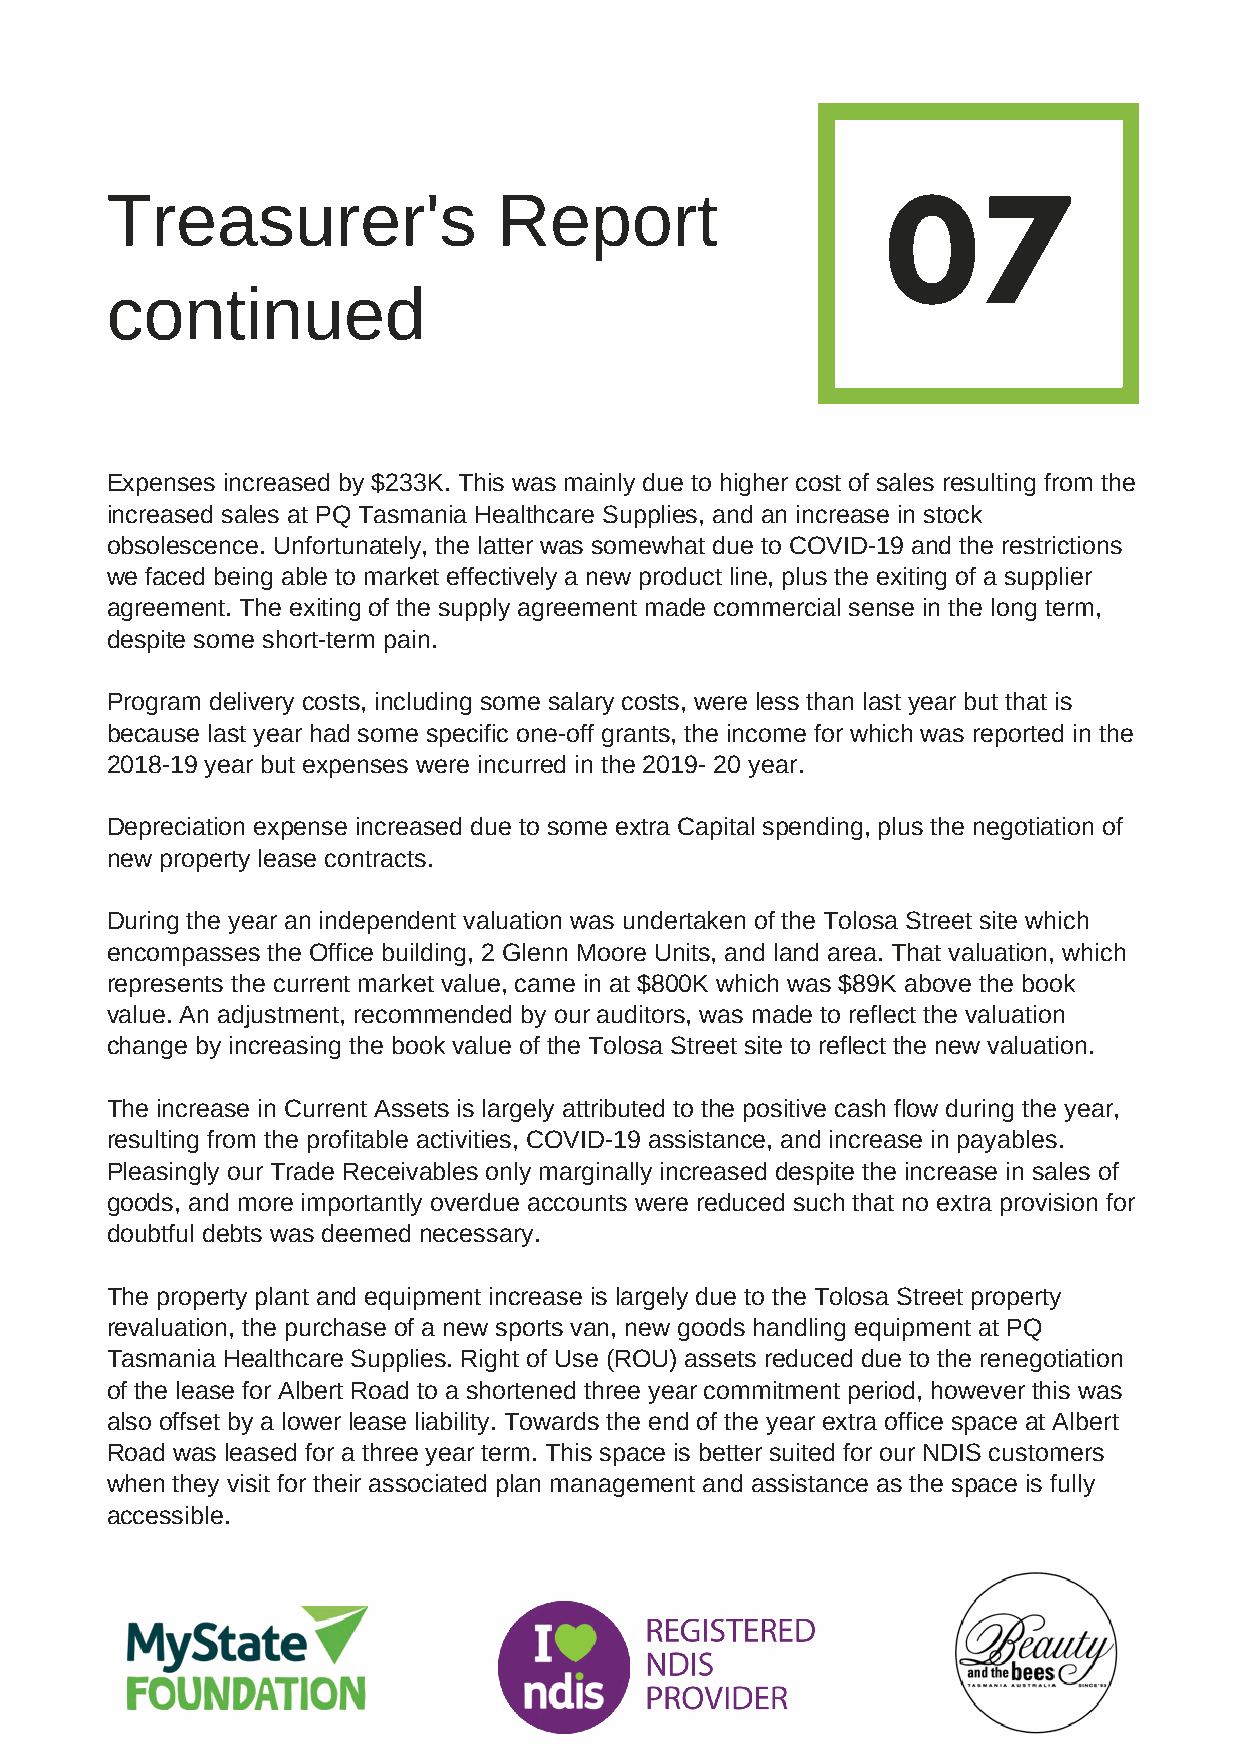
Treasurer's               Report
 07
 continued
 Expenses increased by $233K. This was mainly due to higher cost of sales resulting from the
 increased sales at PQ Tasmania Healthcare Supplies, and an increase in stock
 obsolescence. Unfortunately, the latter was somewhat due to COVID-19 and the restrictions
 we faced being able to market effectively a new product line, plus the exiting of a supplier
 agreement. The exiting of the supply agreement made commercial sense in the long term,
 despite some short-term pain.
 Program delivery costs, including some salary costs, were less than last year but that is
 because last year had some specific one-off grants, the income for which was reported in the
 2018-19 year but expenses were incurred in the 2019- 20 year.
 Depreciation expense increased due to some extra Capital spending, plus the negotiation of
 new property lease contracts.
 During the year an independent valuation was undertaken of the Tolosa Street site which
 encompasses the Office building, 2 Glenn Moore Units, and land area. That valuation, which
 represents the current market value, came in at $800K which was $89K above the book
 value. An adjustment, recommended by our auditors, was made to reflect the valuation
 change by increasing the book value of the Tolosa Street site to reflect the new valuation.
 The increase in Current Assets is largely attributed to the positive cash flow during the year,
 resulting from the profitable activities, COVID-19 assistance, and increase in payables.
 Pleasingly our Trade Receivables only marginally increased despite the increase in sales of
 goods, and more importantly overdue accounts were reduced such that no extra provision for
 doubtful debts was deemed necessary.
 The property plant and equipment increase is largely due to the Tolosa Street property
 revaluation, the purchase of a new sports van, new goods handling equipment at PQ
 Tasmania Healthcare Supplies. Right of Use (ROU) assets reduced due to the renegotiation
 of the lease for Albert Road to a shortened three year commitment period, however this was
 also offset by a lower lease liability. Towards the end of the year extra office space at Albert
 Road was leased for a three year term. This space is better suited for our NDIS customers
 when they visit for their associated plan management and assistance as the space is fully
 accessible.